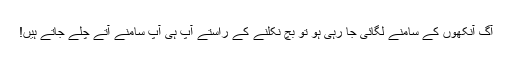
آگ آنکھوں کے سامنے لگائی جا رہی ہو تو بچ نکلنے کے راستے آپ ہی آپ سامنے آتے چلے جاتے ہیں!